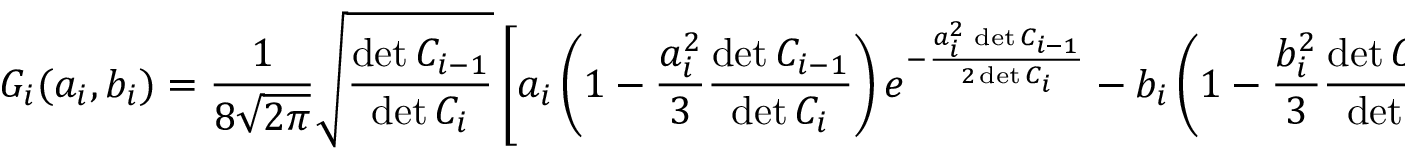
G _ { i } ( a _ { i } , b _ { i } ) = { \frac { 1 } { 8 \sqrt { 2 \pi } } } \sqrt { \frac { \operatorname* { d e t } C _ { i - 1 } } { \operatorname* { d e t } C _ { i } } } \left[ a _ { i } \left( 1 - { \frac { a _ { i } ^ { 2 } } { 3 } } { \frac { \operatorname* { d e t } C _ { i - 1 } } { \operatorname* { d e t } C _ { i } } } \right) e ^ { - { \frac { a _ { i } ^ { 2 } \, \operatorname* { d e t } C _ { i - 1 } } { 2 \operatorname* { d e t } C _ { i } } } } - b _ { i } \left( 1 - { \frac { b _ { i } ^ { 2 } } { 3 } } { \frac { \operatorname* { d e t } C _ { i - 1 } } { \operatorname* { d e t } C _ { i } } } \right) e ^ { - { \frac { b _ { i } ^ { 2 } \, \operatorname* { d e t } C _ { i - 1 } } { 2 \operatorname* { d e t } C _ { i } } } } \right] \, .